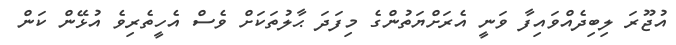
އުޖޫރަ ލިބިދެއްވައިފާ ވަނީ އެރަށްޔަތުންގެ މިފަދަ ޙާލުތަކަށް ވެސް އެހީތެރިވެ އުޅޭން ކަން